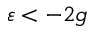
\varepsilon < - 2 g